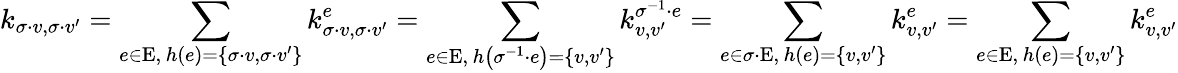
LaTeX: k_{\sigma\cdot v,\sigma\cdot v^{\prime}}=\sum_{\substack{e\in\mathrm{E},\, h\left(e\right)=\left\{ \sigma\cdot v,\sigma\cdot v^{\prime}\right\} }}k_{\sigma\cdot v,\sigma\cdot v^{\prime}}^{e}=\sum_{\substack{e\in\mathrm{E},\, h\left(\sigma^{-1}\cdot e\right)=\left\{ v,v^{\prime}\right\} }}k_{v,v^{\prime}}^{\sigma^{-1}\cdot e}=\sum_{\substack{e\in\sigma\cdot\mathrm{E},\, h\left(e\right)=\left\{ v,v^{\prime}\right\} }}k_{v,v^{\prime}}^{e}=\sum_{\substack{e\in\mathrm{E},\, h\left(e\right)=\left\{ v,v^{\prime}\right\} }}k_{v,v^{\prime}}^{e}